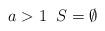
LaTeX: \begin{align*}a > 1 \; \; S = \emptyset\end{align*}